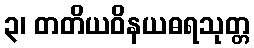
၃၊ တတိယဝိနယဓရသုတ္တ